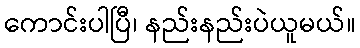
ကောင်းပါပြီ၊ နည်းနည်းပဲယူမယ်။